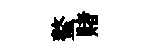
螯赌